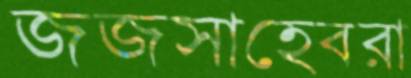
জজসাহেবরা